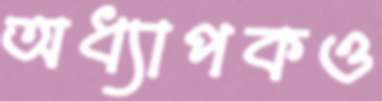
অধ্যাপকও